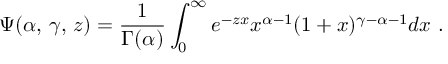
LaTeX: \, \Psi ( \alpha , \, \gamma , \, z ) = \frac { 1 } { \Gamma ( \alpha ) } \int _ { 0 } ^ { \infty } e ^ { - z x } x ^ { \alpha - 1 } ( 1 + x ) ^ { \gamma - \alpha - 1 } d x \, \, .